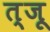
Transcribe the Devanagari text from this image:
त्जू